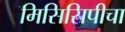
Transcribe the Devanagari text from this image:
मिसिसिपीचा